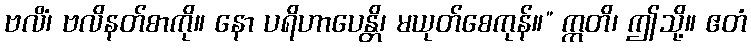
ဗလိံ၊ ဗလိနတ်စာကို။ နော ပရိဟာပေန္တိ၊ မယုတ်စေကုန်။” ဣတိ၊ ဤသို့။ ဧတံ